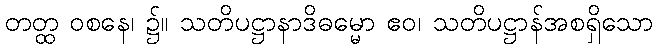
တတ္ထ ဝစနေ၊ ၌။ သတိပဋ္ဌာနာဒိဓမ္မော ဧဝ၊ သတိပဋ္ဌာန်အစရှိသော